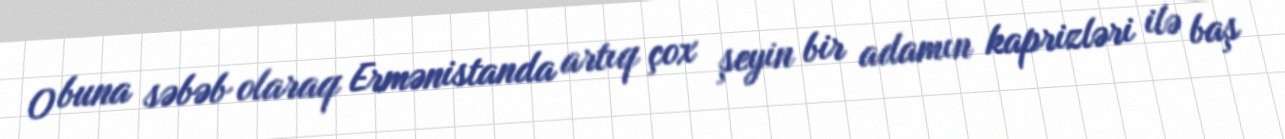
O buna səbəb olaraq Ermənistanda artıq çox şeyin bir adamın kaprizləri ilə baş